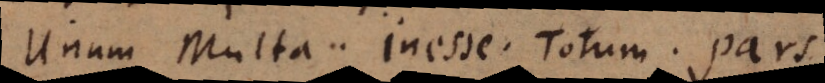
Unum Multa. Inesse. Totum. Pars.